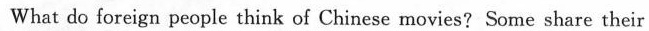
What do foreign people think of Chinese movies? Some share their